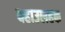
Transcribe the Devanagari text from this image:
बहाउलहक